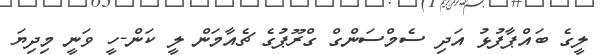
ލީގެ ބައްޕާފުޅު އަދި ސެމްސަންގް ގްރޫޕުގެ ޗެއާމަން ލީ ކަން-ހީ ވަނީ މިދިޔަ